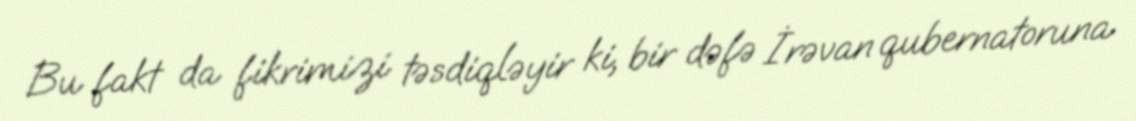
Bu fakt da fikrimizi təsdiqləyir ki, bir dəfə İrəvan qubernatoruna